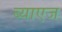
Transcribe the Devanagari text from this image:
ब्याएज